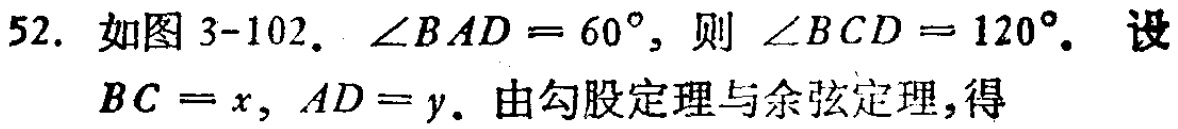
52. 如图 3-102. $\angle BAD = 60^{\circ}$, 则 $\angle BCD = 120^{\circ}$. 设
$BC = x, AD = y$. 由勾股定理与余弦定理,得